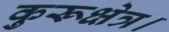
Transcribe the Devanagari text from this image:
कुरूक्षेत्र।